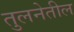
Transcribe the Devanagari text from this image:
तुलनेतील